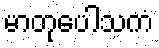
မာတုပေါသကံ